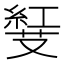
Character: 𠮅